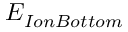
E _ { I o n B o t t o m }